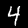
Digit: 4